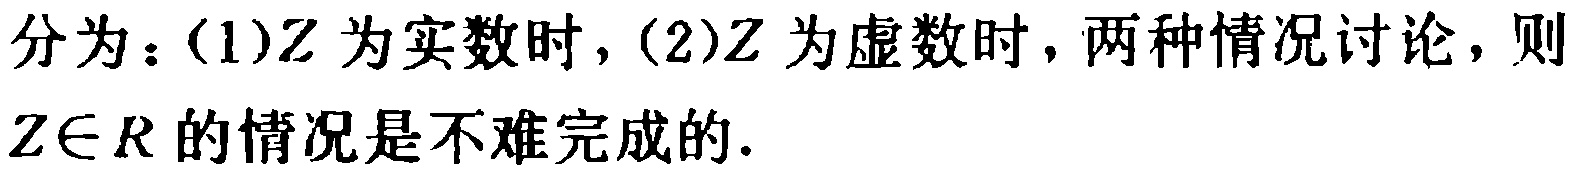
分为：(1)$Z$为实数时，(2)$Z$为虚数时，两种情况讨论，则$Z\in R$的情况是不难完成的.